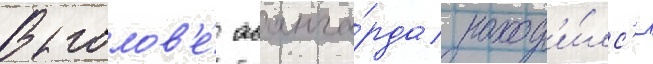
В голов'е́ аванга́рда наход'и́лс'я